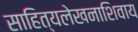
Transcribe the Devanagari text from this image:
साहित्यलेखनाशिवाय